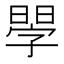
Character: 𣉬